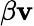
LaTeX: \beta\mathbf{v}